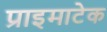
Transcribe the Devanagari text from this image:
प्राइमाटेक